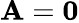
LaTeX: \mathbf A=\mathbf 0